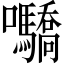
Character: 𡆌